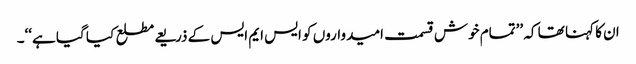
ان کا کہنا تھا کہ ’’تمام خوش قسمت امیدواروں کو ایس ایم ایس کے ذریعے مطلع کیا گیا ہے‘‘۔